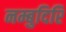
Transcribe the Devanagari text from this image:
नम्बुदिरि